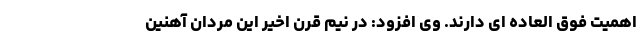
اهمیت فوق العاده ای دارند. وی افزود: در نیم قرن اخیر این مردان آهنین